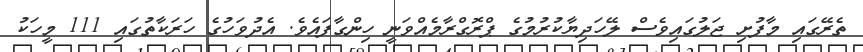
ތެރޭގައި މާފުށި ޖަލުގައިވެސް ލޭހަދިޔާކުރުމުގެ ޕްރޮގްރާމެއްވަނީ ހިންގާފައެވެ. އެދުވަހުގެ ހަރަކާތުގައި 111 މީހަކު